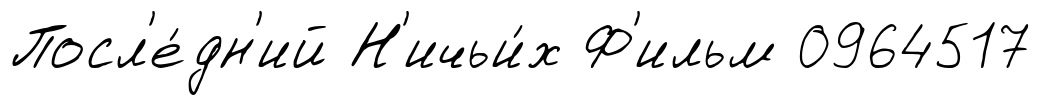
Посл'е́дн'ий Н'ичьи́х Ф'ильм 0964517